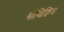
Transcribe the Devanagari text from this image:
भौथिक्विध